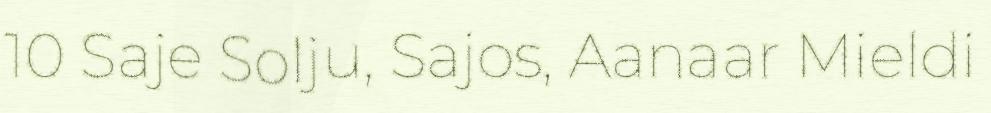
10 Saje Solju, Sajos, Aanaar Mieldi